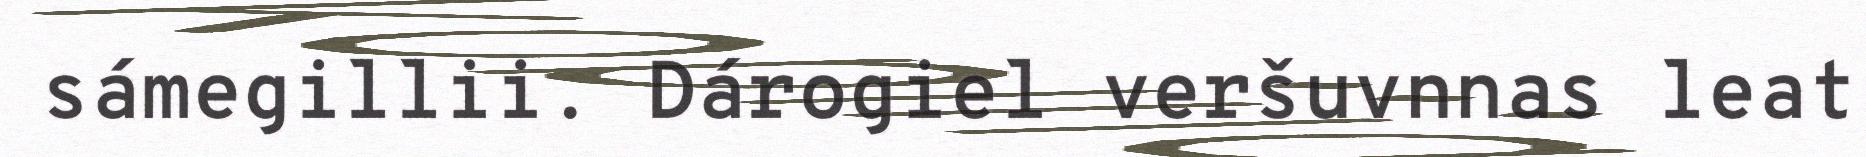
sámegillii. Dárogiel veršuvnnas leat